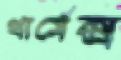
থার্মেক্স